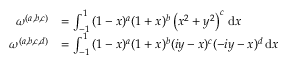
\begin{array} { r l } { \omega ^ { ( a , b , c ) } } & { = \int _ { - 1 } ^ { 1 } { ( 1 - x ) ^ { a } ( 1 + x ) ^ { b } \left( x ^ { 2 } + y ^ { 2 } \right) ^ { c } \, \mathrm { d } x } } \\ { \omega ^ { ( a , b , c , d ) } } & { = \int _ { - 1 } ^ { 1 } { ( 1 - x ) ^ { a } ( 1 + x ) ^ { b } ( i y - x ) ^ { c } ( - i y - x ) ^ { d } \, \mathrm { d } x } } \end{array}